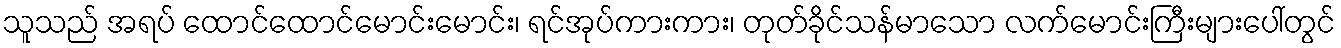
သူသည် အရပ် ထောင်ထောင်မောင်းမောင်း၊ ရင်အုပ်ကားကား၊ တုတ်ခိုင်သန်မာသော လက်မောင်းကြီးများပေါ်တွင်